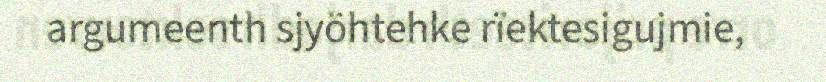
argumeenth sjyöhtehke rïektesigujmie,